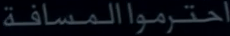
احترمواالمسافة